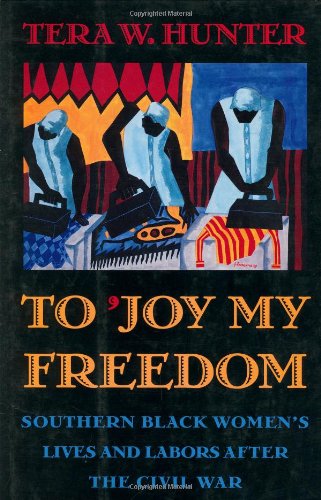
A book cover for To 'Joy My Freedom: Southern Black Women's Lives and Labors after the Civil War; Tera W. Hunter; Politics & Social Sciences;